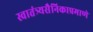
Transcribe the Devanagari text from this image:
स्वातंत्र्यसैनिकाप्रमाणे